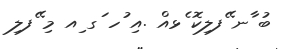
ބު ާނ ޭފލިކޮ ެޅއް .އި ުހ ަގ ިއ މި ޭފލި